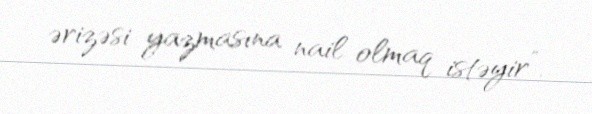
ərizəsi yazmasına nail olmaq istəyir”.